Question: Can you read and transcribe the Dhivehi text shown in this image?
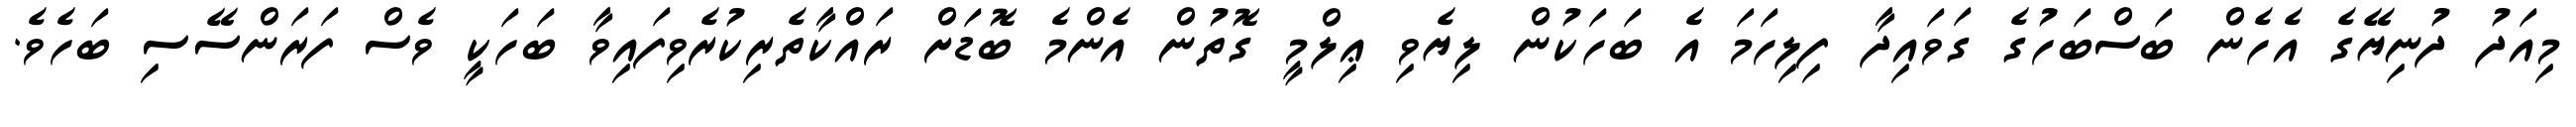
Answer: މިއަދު ދުނިޔޭގެ އެހެން ބަސްބަހުގެ ގަވައިދާ ފިލިހަމަ އެ ބަހަކުން ލިޔެވި ޢިލްމީ ގޮތުން އެންމެ ބޮޑަށް ރައްކާތެރިކުރެވިފައިވާ ބަހަކީ ވެސް ފަރަންސޭސި ބަހެވެ.